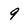
Character: 9